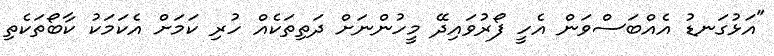
"އަޅުގަނޑު އެއްބަސްވަން އެހީ ފޯރުވައިދޭ މީހުންނަށް ދަތިތަކެއް ހުރި ކަމަށް އެކަމަކު ކާބޯތަކެތި